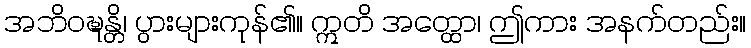
အဘိဝဍ္ဎန္တိ၊ ပွားများကုန်၏။ ဣတိ အတ္ထော၊ ဤကား အနက်တည်း။